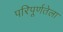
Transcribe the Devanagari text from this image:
परिपूर्णतेला